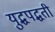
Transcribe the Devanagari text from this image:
युद्धपद्धती